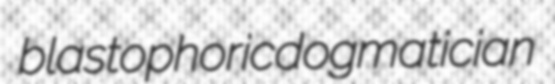
blastophoric dogmatician